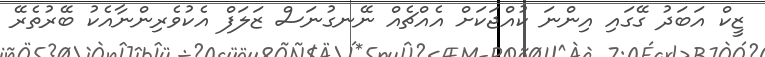
ޒީކް އަބަދު ގޭގައި އިންނަ ކުއްޖަކަށް އެއްޗެއް ނޭނގުނަސް ޒަލަފް އެކުވެރިންނާއެކު ބޭރުތެރޭ